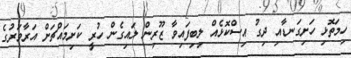
ހިމަތޮޅި ހަށިގަނޑާއި ދިގު އިސްކޮޅެއް ލިބިފައިވާ ޒޫރިން ލައިގެން ހުރީ ކަށިމައްޗަށް އަރާވަރުގެ